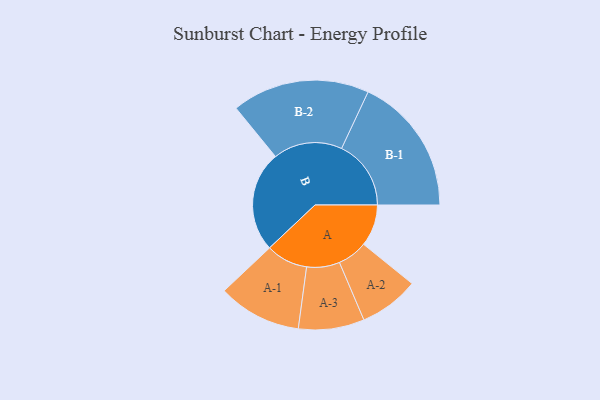
{"axis": {"x": "Segment", "y": "Value"}, "legend": ["", "A", "B"], "data": [{"x": "A", "y": 152, "type": ""}, {"x": "B", "y": 367, "type": ""}, {"x": "A-1", "y": 152, "type": "A"}, {"x": "A-2", "y": 109, "type": "A"}, {"x": "A-3", "y": 120, "type": "A"}, {"x": "B-1", "y": 253, "type": "B"}, {"x": "B-2", "y": 251, "type": "B"}]}